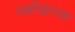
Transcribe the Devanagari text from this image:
यज्ञोद्धारक